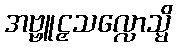
အဗ္ဗူဠှသလ္လောသ္မိ